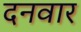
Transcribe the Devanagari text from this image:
दनवार